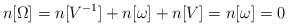
\begin{align*}n[\Omega] = n[V^{-1}] + n[\omega] + n[V] = n[\omega] = 0 \end{align*}